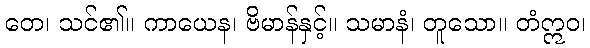
တေ၊ သင်၏။ ကာယေန၊ ဗိမာန်နှင့်။ သမာနံ၊ တူသော။ တံဣဝ၊